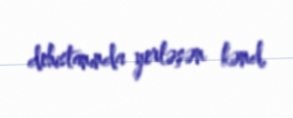
dehistanında yerləşən kənd.